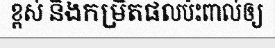
ខ្ពស់ និងកម្រិតផលប៉ះពាល់ឲ្យ